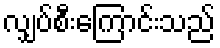
လျှပ်စီးကြောင်းသည်